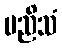
မညိသံ